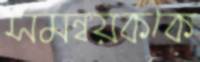
সমন্বয়ককে